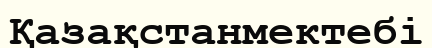
Қазақстанмектебі